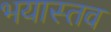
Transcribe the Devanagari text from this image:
भयास्तव